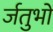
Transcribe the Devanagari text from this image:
र्जतुभों